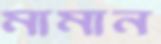
মামান